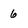
Character: 6